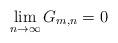
LaTeX: \begin{align*} \lim_{n\to\infty} G_{m,n} = 0 \end{align*}